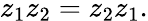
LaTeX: z_{1}z_{2}=z_{2}z_{1}.